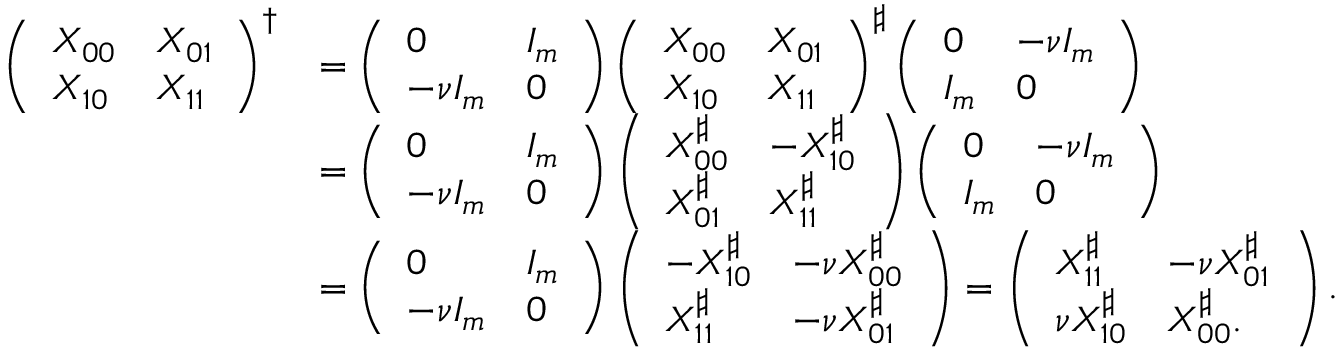
\begin{array} { r l } { \left( \begin{array} { l l } { X _ { 0 0 } } & { X _ { 0 1 } } \\ { X _ { 1 0 } } & { X _ { 1 1 } } \end{array} \right) ^ { \dagger } } & { = \left( \begin{array} { l l } { 0 } & { I _ { m } } \\ { - \nu I _ { m } } & { 0 } \end{array} \right) \left( \begin{array} { l l } { X _ { 0 0 } } & { X _ { 0 1 } } \\ { X _ { 1 0 } } & { X _ { 1 1 } } \end{array} \right) ^ { \sharp } \left( \begin{array} { l l } { 0 } & { - \nu I _ { m } } \\ { I _ { m } } & { 0 } \end{array} \right) } \\ & { = \left( \begin{array} { l l } { 0 } & { I _ { m } } \\ { - \nu I _ { m } } & { 0 } \end{array} \right) \left( \begin{array} { l l } { X _ { 0 0 } ^ { \sharp } } & { - X _ { 1 0 } ^ { \sharp } } \\ { X _ { 0 1 } ^ { \sharp } } & { X _ { 1 1 } ^ { \sharp } } \end{array} \right) \left( \begin{array} { l l } { 0 } & { - \nu I _ { m } } \\ { I _ { m } } & { 0 } \end{array} \right) } \\ & { = \left( \begin{array} { l l } { 0 } & { I _ { m } } \\ { - \nu I _ { m } } & { 0 } \end{array} \right) \left( \begin{array} { l l } { - X _ { 1 0 } ^ { \sharp } } & { - \nu X _ { 0 0 } ^ { \sharp } } \\ { X _ { 1 1 } ^ { \sharp } } & { - \nu X _ { 0 1 } ^ { \sharp } } \end{array} \right) = \left( \begin{array} { l l } { X _ { 1 1 } ^ { \sharp } } & { - \nu X _ { 0 1 } ^ { \sharp } } \\ { \nu X _ { 1 0 } ^ { \sharp } } & { X _ { 0 0 } ^ { \sharp } . } \end{array} \right) . } \end{array}